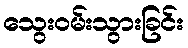
သွေးဝမ်းသွားခြင်း